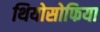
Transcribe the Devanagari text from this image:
थियोसोफिया